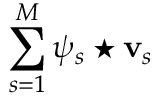
\sum _ { s = 1 } ^ { M } \psi _ { s } \star { \bf v } _ { s }